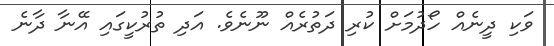
ވަކި ދީނެއް ހޯދުމަށް ކުރި ދަތުރެއް ނޫނެވެ. އަދި ތުރުކީގައި އޭނާ ދާނެ